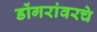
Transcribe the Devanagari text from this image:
डोंगरांवरचे